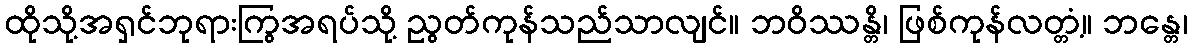
ထိုသို့အရှင်ဘုရားကြွအရပ်သို့ ညွတ်ကုန်သည်သာလျင်။ ဘဝိဿန္တိ၊ ဖြစ်ကုန်လတ္တံ့။ ဘန္တေ၊